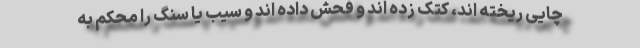
چایی ریخته اند، کتک زده اند و فحش داده اند و سیب یا سنگ را محکم به